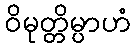
ဝိမုတ္တိမ္ပာဟံ